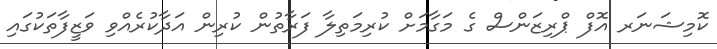
ކޮމިޝަނަރ އޮފް ޕްރިޒަންސް ގެ މަގާމަށް ކުރިމަތިލާ ފަރާތުން ކުރިން އަދާކުރެއްވި ވަޒީފާތަކުގައި